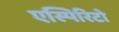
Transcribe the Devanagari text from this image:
एस्पिरिटो